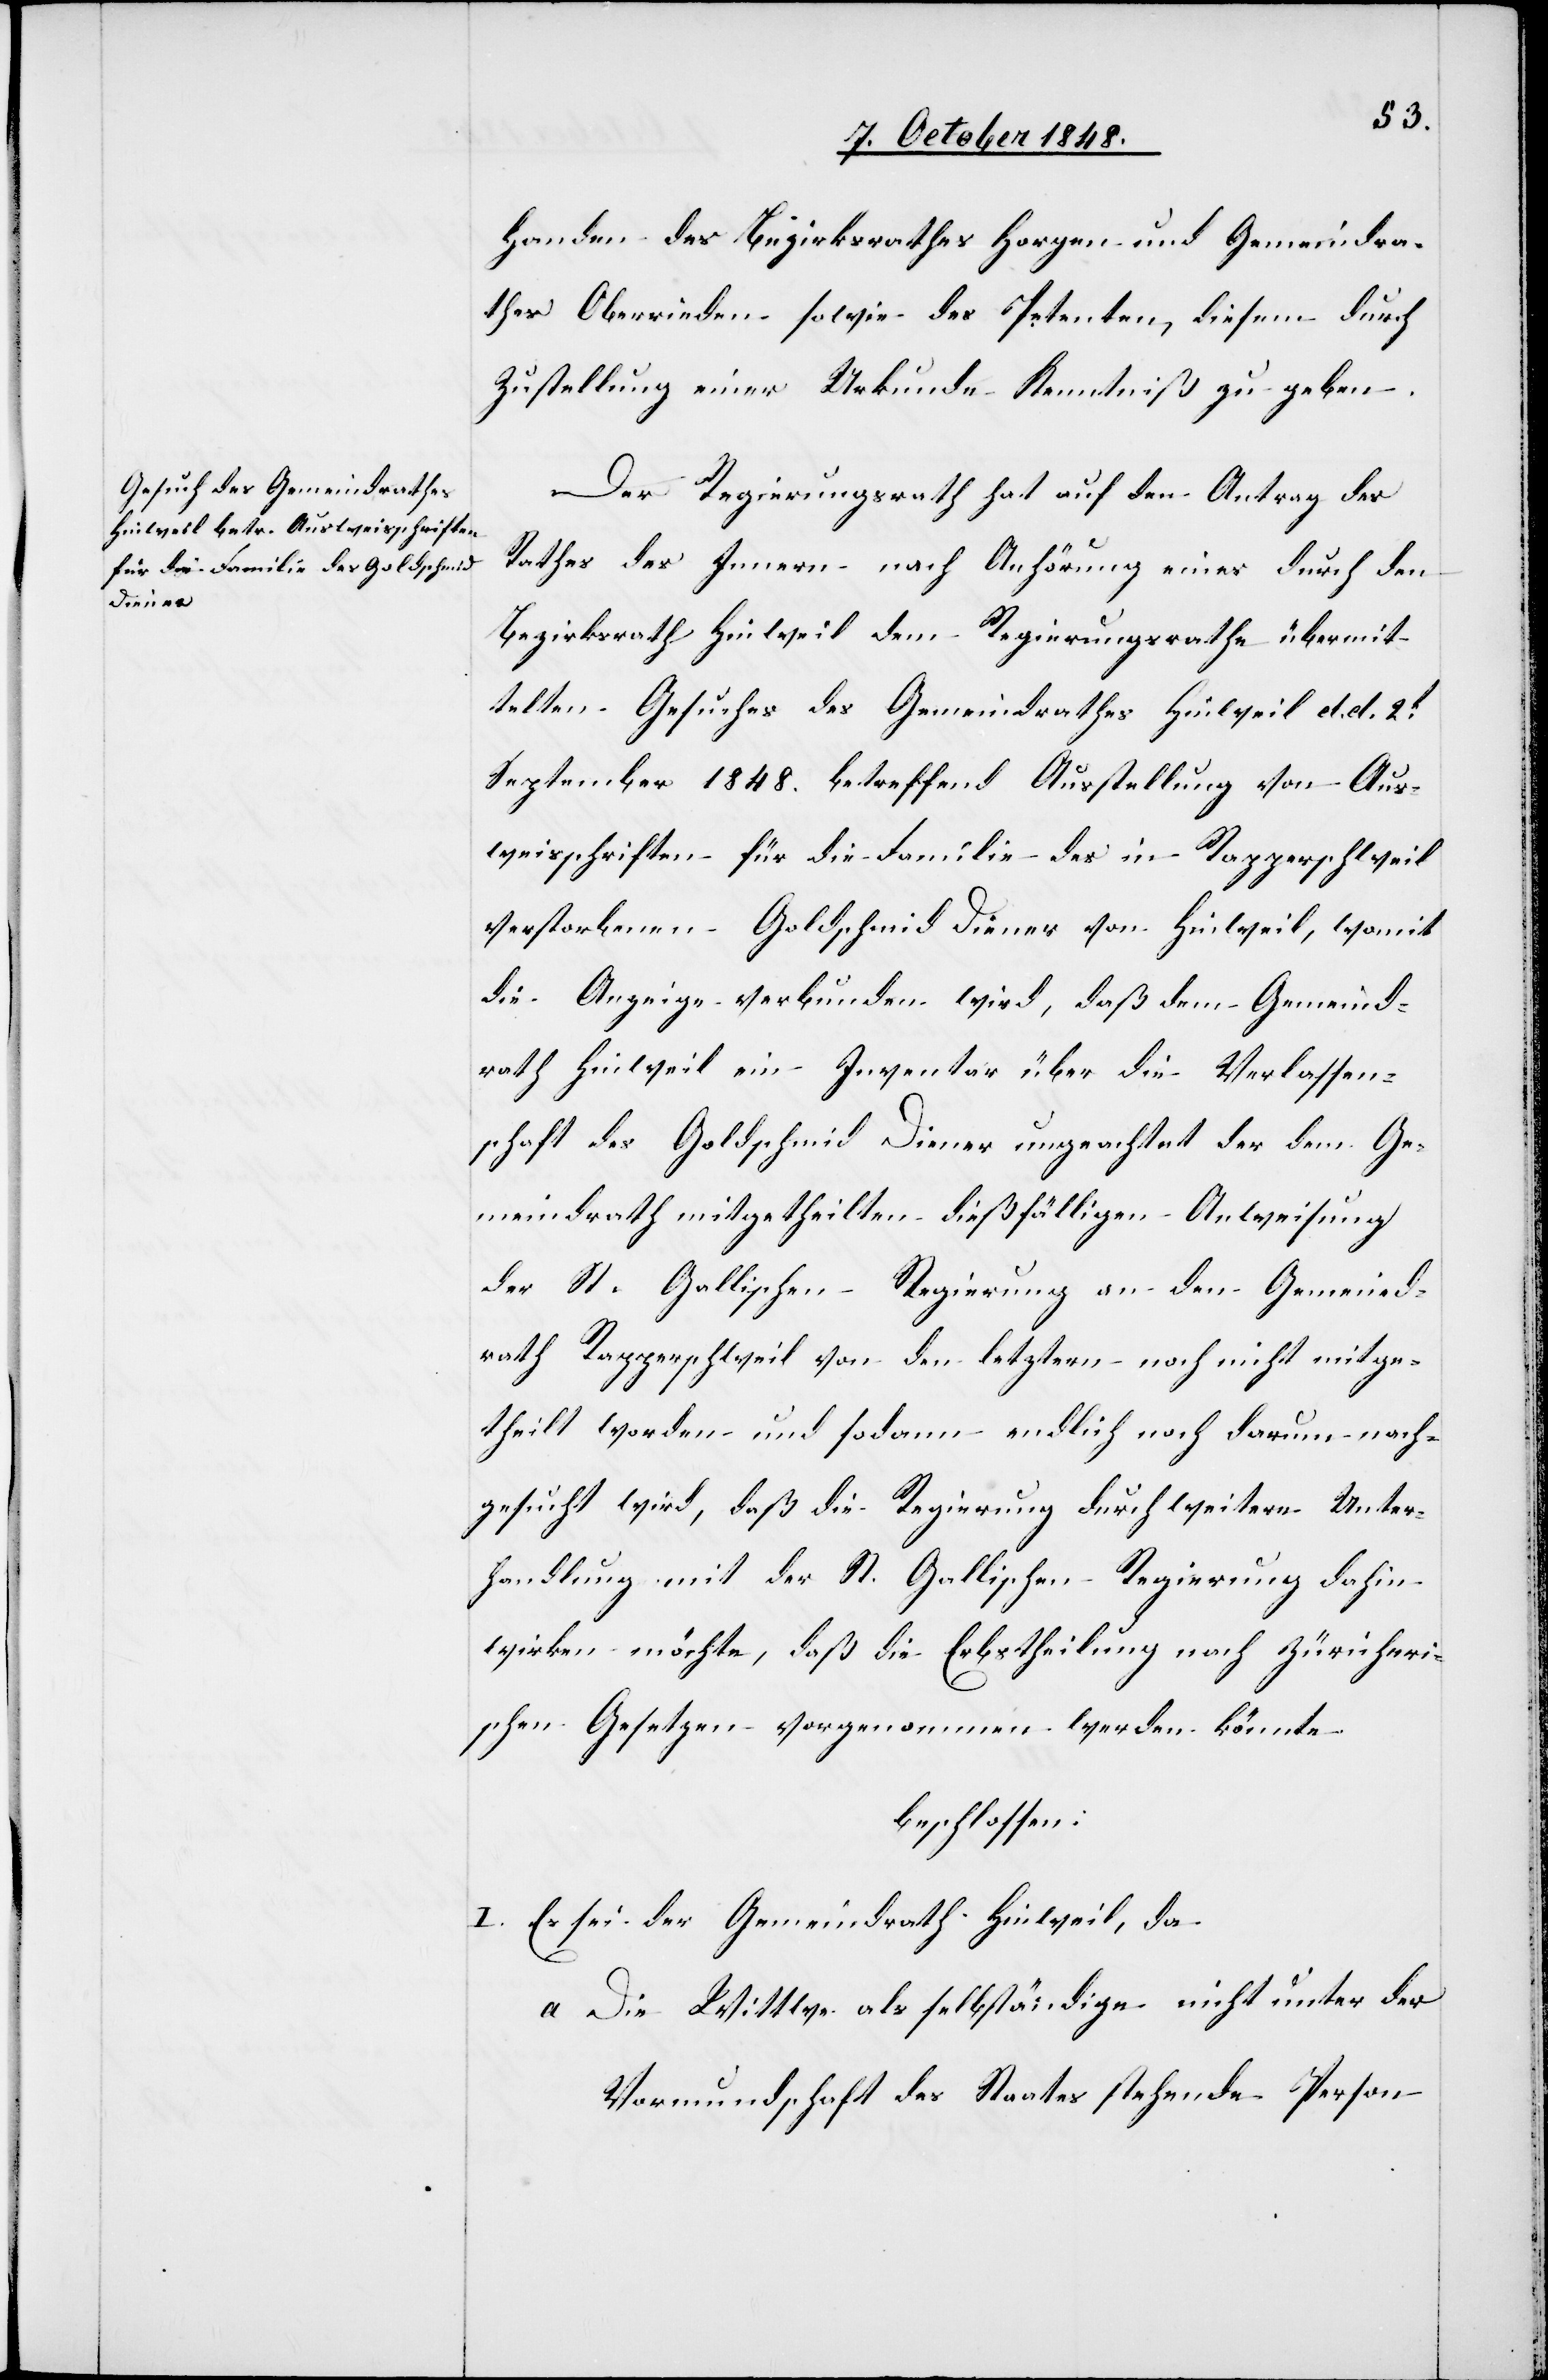
Handen des Bezirksrathes Horgen und Gemeindra¬
thes Oberrieden sowie des Petenten, diesem durch
Zustellung einer Urkunde Kenntniß zu geben.
Der Regierungsrath hat auf den Antrag des
Rathes des Innern nach Anhörung eines durch den
Bezirksrath Hinweil dem Regierungsrathe übermit¬
telten Gesuches des Gemeindrathes Hinweil d. d. 2t
September 1848. betreffend Ausstellung von Aus¬
weisschriften für die Familie des in Rapperschweil
verstorbenen Goldschmid Diener von Hinweil, womit
die Anzeige verbunden wird, daß dem Gemeind¬
rath Hinweil ein Inventar über die Verlassen¬
schaft des Goldschmid Diener ungeachtet der dem Ge¬
meindrath mitgetheilten dießfälligen Anweisung
der St. Gallischen Regierung an den Gemeind¬
rath Rapperschweil von den letztern noch nicht mitge¬
theilt worden und sodann endlich noch darum nach¬
gesucht wird, daß die Regierung durch weitere Unter¬
handlung mit der St. Gallischen Regierung dahin
wirken möchte, daß die Erbstheilung nach Züricheri¬
schen Gesetzen vorgenommen werden könnte.
beschlossen:
I. Es sei der Gemeindrath Hinweil, da
a. Die Wittwe als selbstständige nicht unter der
Vormundschaft des Staates stehende Person